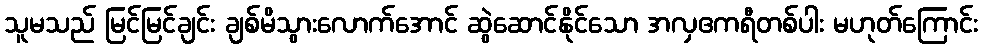
သူမသည် မြင်မြင်ချင်း ချစ်မိသွားလောက်အောင် ဆွဲဆောင်နိုင်သော အလှဧကရီတစ်ပါး မဟုတ်ကြောင်း